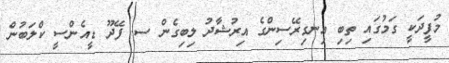
މުފީދަކީ ގަމުގައި ތިބި އިނގިރޭސިންގެ އިރުޝާދު ލިބިގެން ސ. ފޭދޫ ޑީއެންސީ ކްލަބުން